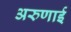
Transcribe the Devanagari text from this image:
अरुणाई